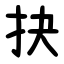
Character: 抉